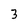
Character: 3